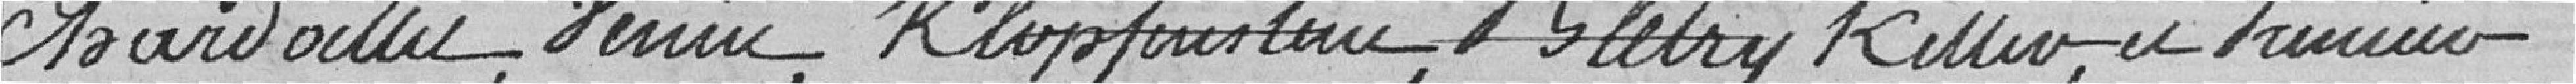
Chardoillet, Henin, Klopfenstein, Bletry Keller et Prunier